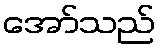
အော်သည်